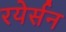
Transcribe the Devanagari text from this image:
रयेर्सन